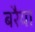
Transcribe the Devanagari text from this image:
बरैया